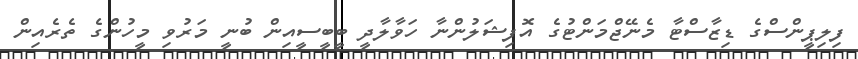
ފިލިޕީންސްގެ ޑިޒާސްޓާ މެނޭޖްމަންޓުގެ އޮފިޝަލުންނާ ހަވާލާދީ ބީބީސީއިން ބުނީ މަރުވި މީހުންގެ ތެރެއިން